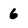
Character: 6